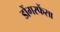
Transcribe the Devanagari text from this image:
डोंगरफेंसा